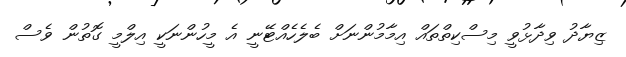
ޒިޔާދު ވިދާޅުވީ މިސްކިތްތައް އިމާމުންނަށް ބެލެހެއްޓޭނީ އެ މީހުންނަކީ އިލްމީ ގޮތުން ވެސް